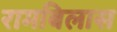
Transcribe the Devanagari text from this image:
रामबिलास